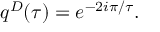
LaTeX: q ^ { D } ( \tau ) = e ^ { - 2 i \pi / \tau } .